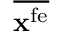
\overline { { { \bf x } ^ { \mathrm { f e } } } }